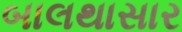
બાલથાસાર